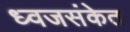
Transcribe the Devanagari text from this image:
ध्वजसंकेत